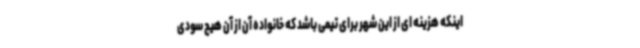
اینکه هزینه ای از این شهر برای تیمی باشد که خانواده آن از آن هیچ سودی